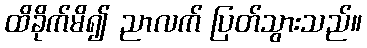
ထိခိုက်မိ၍ ညာလက် ပြတ်သွားသည်။